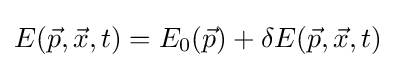
E({\vec {p}},{\vec {x}},t)=E_{0}({\vec {p}})+\delta E({\vec {p}},{\vec {x}},t)